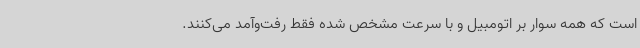
است که همه سوار بر اتومبیل و با سرعت مشخص شده فقط رفت‌وآمد می‌کنند.